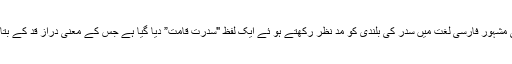
اسٹائن گاز کی مشہور فارسی لغت میں سدر کی بلندی کو مد نظر رکھتے ہو ئے ایک لفظ "سدرت قامت” دیا گیا ہے جس کے معنی دراز قد کے بتائے گئے ہیں ۔